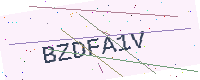
Text: BZDFA1V